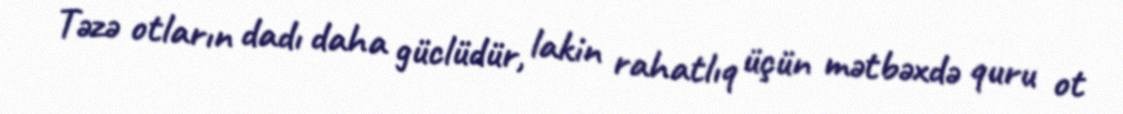
Təzə otların dadı daha güclüdür, lakin rahatlıq üçün mətbəxdə quru ot